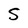
Character: S